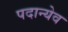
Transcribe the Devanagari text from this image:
पदान्येव